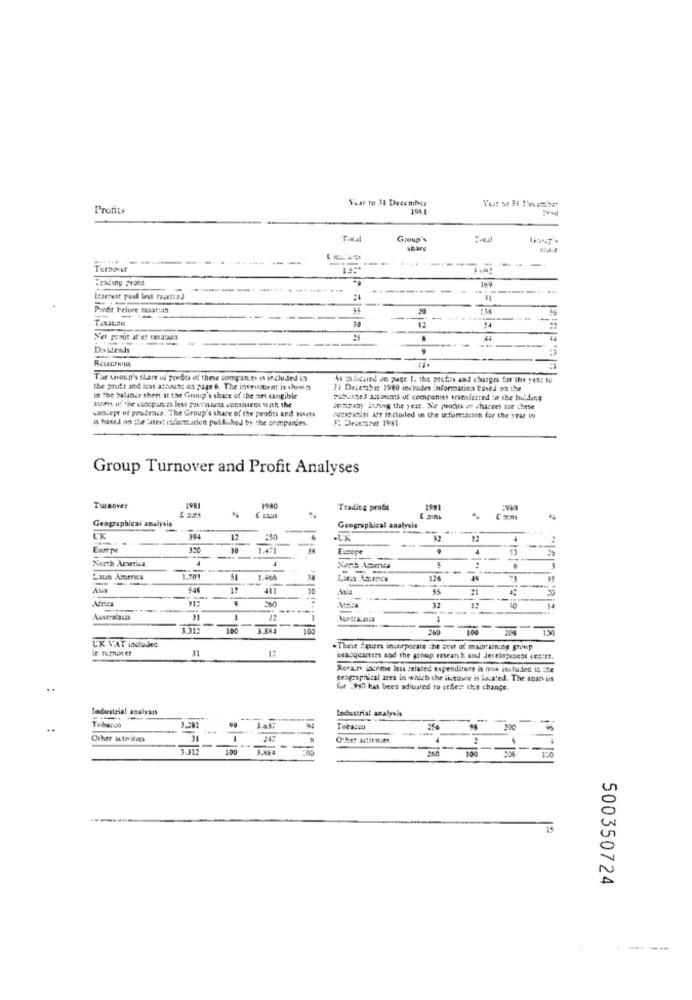
Vhar To 31 DeceniNes
Pronts
198
Group's
Share
---
Turnover
Trading proms
169
------
---
Pantit before taxstian
20
30
Net profit after casataan
Desidends
The Group's share of posti of these companies i included in
As tadichsed on juge t. the protis and charges for the yes: to
the profit and lost atbouss on page 6. The lowestmorat is this
#1 December 1980 inclades information based on the
auen if the coocpanes less pouruund consinem att, the
in The balance sheet at the Group's share of the set tangible
pubusses accounts of companies transferred to the hu,dar,g
sodiept of prudence. The Group's share of the profiti and Marts
company ishing the year. Ne proces os charves tor these
is based on the latest information published by the companies.
suzapisiti are included in the aformaison for the year to
#: Destraper 1981
Group Turnover and Profit Analyses
Turnover
1980
Trading profit
1981
Geographical analysis
Geographical analysis
CK
394
12
.UX
Earepe
1.471
Eusoft
--
North America
4
--
Latin America
1.301
$1
1.465
12
$5
21
20
260
32
---
1:
Australasia
1
Australasia
1
100
100
UK VAT included
31
17
-These Equres incorporate the cost of maintaining group
Readquarters and the group research and development centre.
Rotary ingeme less related expenditure is now included in :Be
geographical area in which the dottor is located. The analysis
for :917 has been adiusted to seflest this change.
Tedustrial analysis
Industrial analysis
15
Other activities
Other activities
15
500350724
- -